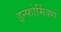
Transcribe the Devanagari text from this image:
इन्फोर्मिक्स